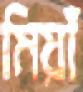
মিয়াঁ